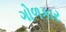
ગોળકાર